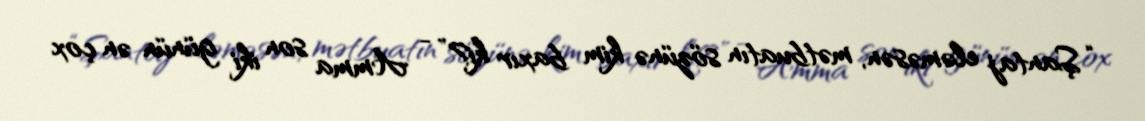
“Şantaj eləməsən, mətbuatın sözünə kim baxır ki?” - Amma son iki günün ən çox